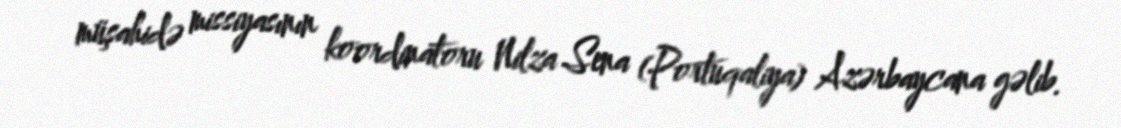
müşahidə missiyasının koordinatoru Nilza Sena (Portuqaliya) Azərbaycana gəlib.